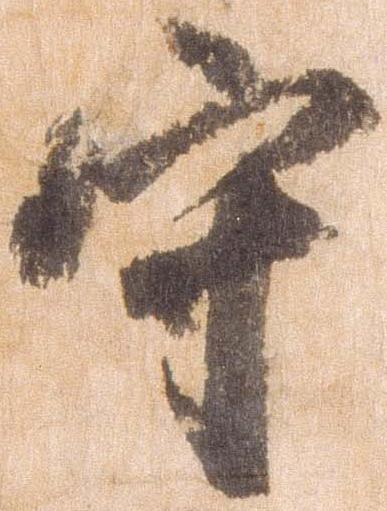
守